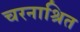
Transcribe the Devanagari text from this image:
चरनाश्रित